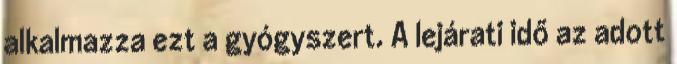
alkalmazza ezt a gyógyszert. A lejárati idő az adott